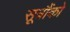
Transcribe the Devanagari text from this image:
सूत्रौंको